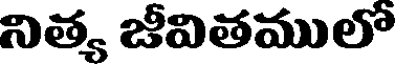
నిత్య జీవితములో